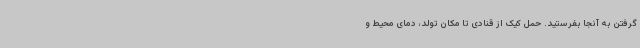
گرفتن به آنجا بفرستید. حمل کیک از قنادی تا مکان تولد، دمای محیط و